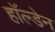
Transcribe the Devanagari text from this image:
हाॅल्डेन